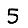
Digit: 5